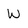
Character: W